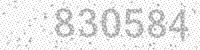
Solution: 830584